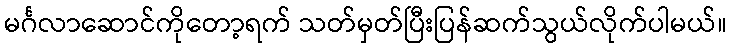
မင်္ဂလာဆောင်ကိုတော့ရက် သတ်မှတ်ပြီးပြန်ဆက်သွယ်လိုက်ပါမယ်။